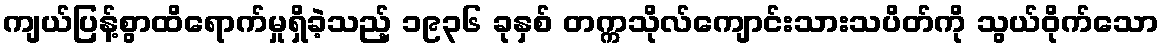
ကျယ်ပြန့်စွာထိရောက်မှုရှိခဲ့သည့် ၁၉၃၆ ခုနှစ် တက္ကသိုလ်ကျောင်းသားသပိတ်ကို သွယ်ဝိုက်သော